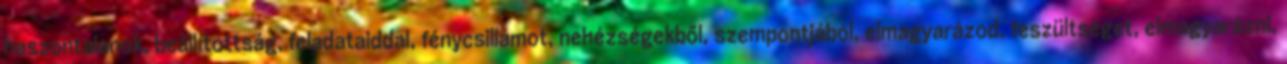
haszontalanok, beállítottság, feladataiddal, fénycsillámot, nehézségekből, szempontjából, elmagyarázod, feszültséget, elmagyarázni,